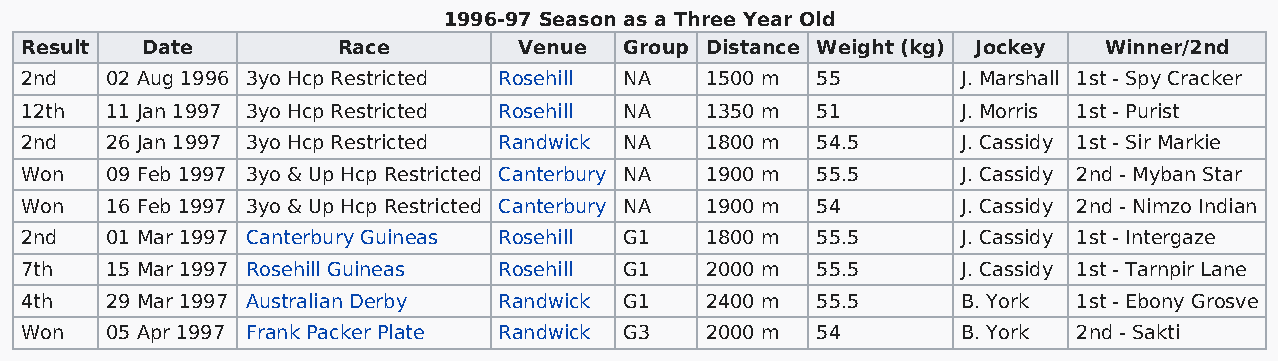
1996-97 Season as a Three Year Old
 Result  Date         Race        Venue  Group Distance Weight (kg) Jockey Winner/2nd
 2nd   02 Aug 1996 3yo Hcp Restricted Rosehill NA 1500 m 55     J. Marshall 1st - Spy Cracker
 12th  11 Jan 1997 3yo Hcp Restricted Rosehill NA 1350 m 51     J. Morris 1st - Purist
 2nd   26 Jan 1997 3yo Hcp Restricted Randwick NA 1800 m 54.5   J. Cassidy 1st - Sir Markie
 Won   09 Feb 1997 3yo & Up Hcp Restricted Canterbury NA 1900 m 55.5 J. Cassidy 2nd - Myban Star
 Won   16 Feb 1997 3yo & Up Hcp Restricted Canterbury NA 1900 m 54 J. Cassidy 2nd - Nimzo Indian
 2nd   01 Mar 1997 Canterbury Guineas Rosehill G1 1800 m 55.5   J. Cassidy 1st - Intergaze
 7th   15 Mar 1997 Rosehill Guineas Rosehill G1 2000 m 55.5     J. Cassidy 1st - Tarnpir Lane
 4th   29 Mar 1997 Australian Derby Randwick G1 2400 m 55.5     B. York 1st - Ebony Grosve
 Won   05 Apr 1997 Frank Packer Plate Randwick G3 2000 m 54     B. York 2nd - Sakti